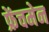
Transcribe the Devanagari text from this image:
फ्रेंचमेन